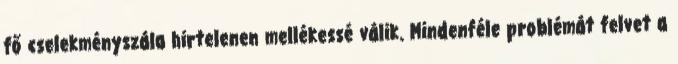
fő cselekményszála hirtelenen mellékessé válik. Mindenféle problémát felvet a